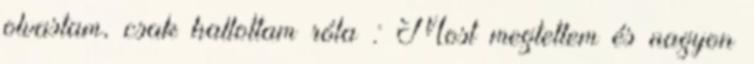
olvastam, csak hallottam róla : Most megtettem és nagyon